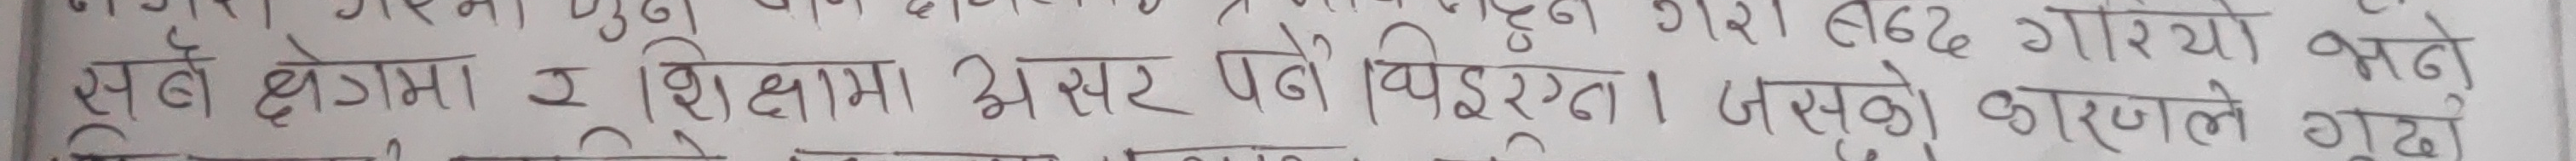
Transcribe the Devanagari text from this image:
सबै क्षेत्रमा १ शिक्षामा असर पनी देखिइरहन । जसको कारणले गुढ